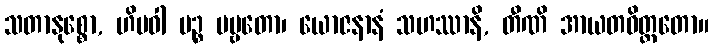
သတာနုစ္စော, ဟိမဝါ ပဉ္စ ပဗ္ဗတော၊ ယောဇနာနံ သဟဿာနိ, တီဏိ အာယတဝိတ္ထတော။